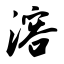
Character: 溶